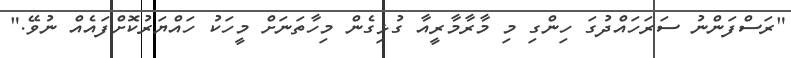
"ރަސްފަންނު ސަރަހައްދުގަ ހިންގި މި މާރާމާރީއާ ގުޅިގެން މިހާތަނަށް މީހަކު ހައްޔަރުކޮށްފައެއް ނުވޭ."